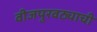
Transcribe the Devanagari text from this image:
वीजपुरवठ्याची